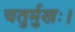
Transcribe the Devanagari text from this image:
चतुर्मुखः।